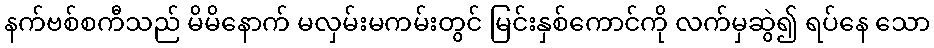
နက်ဗစ်စကီသည် မိမိနောက် မလှမ်းမကမ်းတွင် မြင်းနှစ်ကောင်ကို လက်မှဆွဲ၍ ရပ်နေ သော